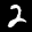
Label: 2